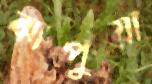
ঝাপুয়া